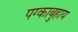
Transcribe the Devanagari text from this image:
पग्काबुहाय